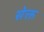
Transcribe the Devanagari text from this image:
सेक्त